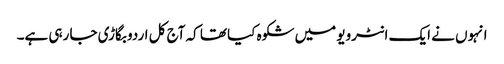
انہوں نے ایک انٹرویو میں شکوہ کیا تھا کہ آج کل اردو بگاڑی جا رہی ہے۔